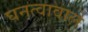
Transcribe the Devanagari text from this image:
घनत्वावाले